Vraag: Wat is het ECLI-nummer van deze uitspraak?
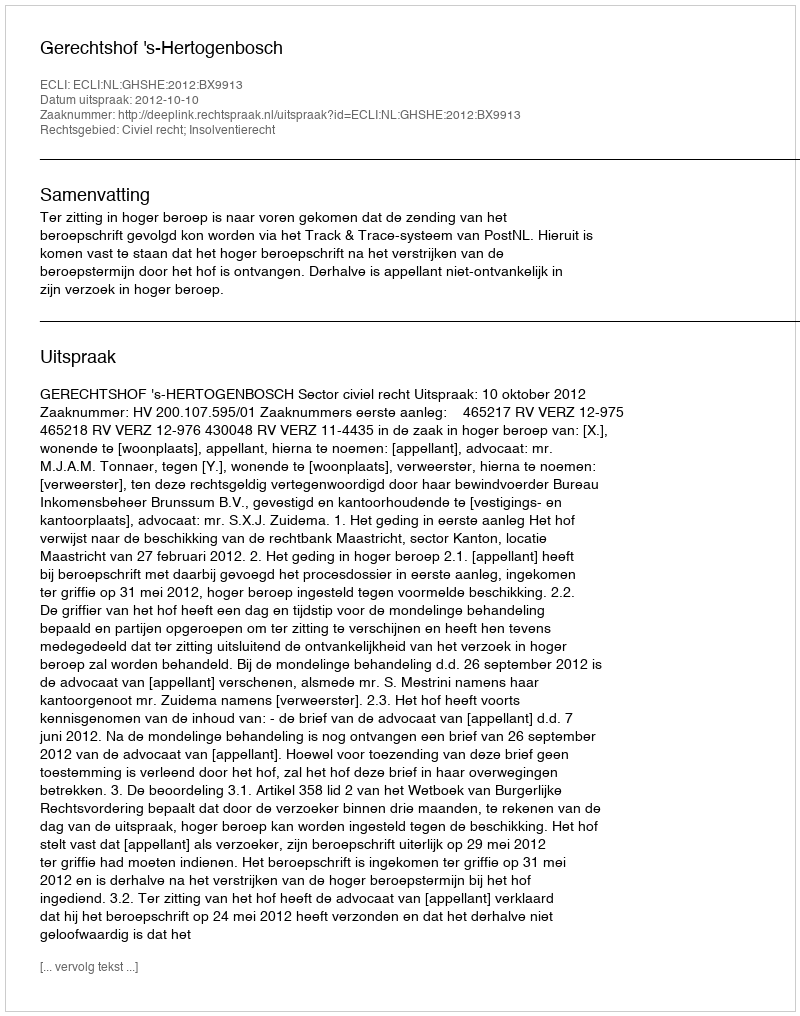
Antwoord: ECLI:NL:GHSHE:2012:BX9913